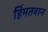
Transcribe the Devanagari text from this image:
हिंमतवान